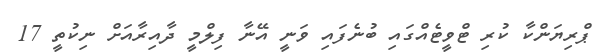
ޕްރިޔަންކާ ކުރި ޓްވީޓެއްގައި ބުނެފައި ވަނީ އޭނާ ފިލްމީ ދާއިރާއަށް ނިކުތީ 17